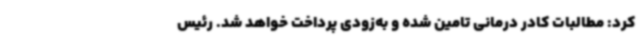
کرد: مطالبات کادر درمانی تامین شده و به‌زودی پرداخت خواهد شد. رئیس